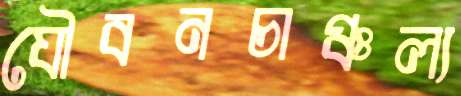
যৌবনচাঞ্চল্য